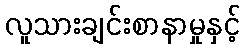
လူသားချင်းစာနာမှုနှင့်